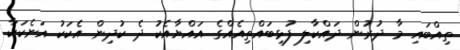
ތިއްބައި މާ ދުރުން ދައްކާލި ފުޅިބައްތިއެއްގެ އައްޔާއެކު ދެ ކުދިން އެކަކު އަނެކަކާ